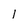
Character: l